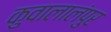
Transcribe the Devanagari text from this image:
कुवालालंपुर